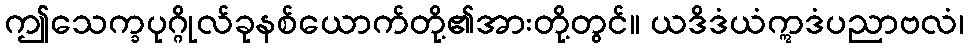
ဤသေက္ခပုဂ္ဂိုလ်ခုနစ်ယောက်တို့၏အားတို့တွင်။ ယဒိဒံယံဣဒံပညာဗလံ၊